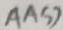
A A S )